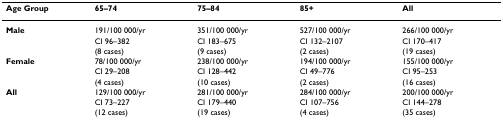
| Age Group | 65–74 | 75–84 | 85+ | All |
 | --- | --- | --- | --- | --- |
 | Male | 191/100 000/yr | 351/100 000/yr | 527/100 000/yr | 266/100 000/yr |
 |  | CI 96–382 | CI 183–675 | CI 132–2107 | CI 170–417 |
 |  | (8 cases) | (9 cases) | (2 cases) | (19 cases) |
 | Female | 78/100 000/yr | 238/100 000/yr | 194/100 000/yr | 155/100 000/yr |
 |  | CI 29–208 | CI 128–442 | CI 49–776 | CI 95–253 |
 |  | (4 cases) | (10 cases) | (2 cases) | (16 cases) |
 | All | 129/100 000/yr | 281/100 000/yr | 284/100 000/yr | 200/100 000/yr |
 |  | CI 73–227 | CI 179–440 | CI 107–756 | CI 144–278 |
 |  | (12 cases) | (19 cases) | (4 cases) | (35 cases) |